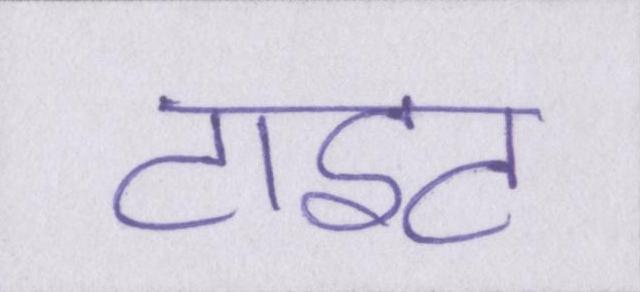
टाइट